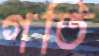
গতি